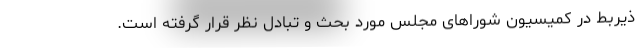
ذیربط در کمیسیون شوراهای مجلس مورد بحث و تبادل نظر قرار گرفته است.